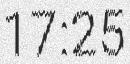
17:25